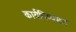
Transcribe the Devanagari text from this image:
कार्यनिष्‍पादन